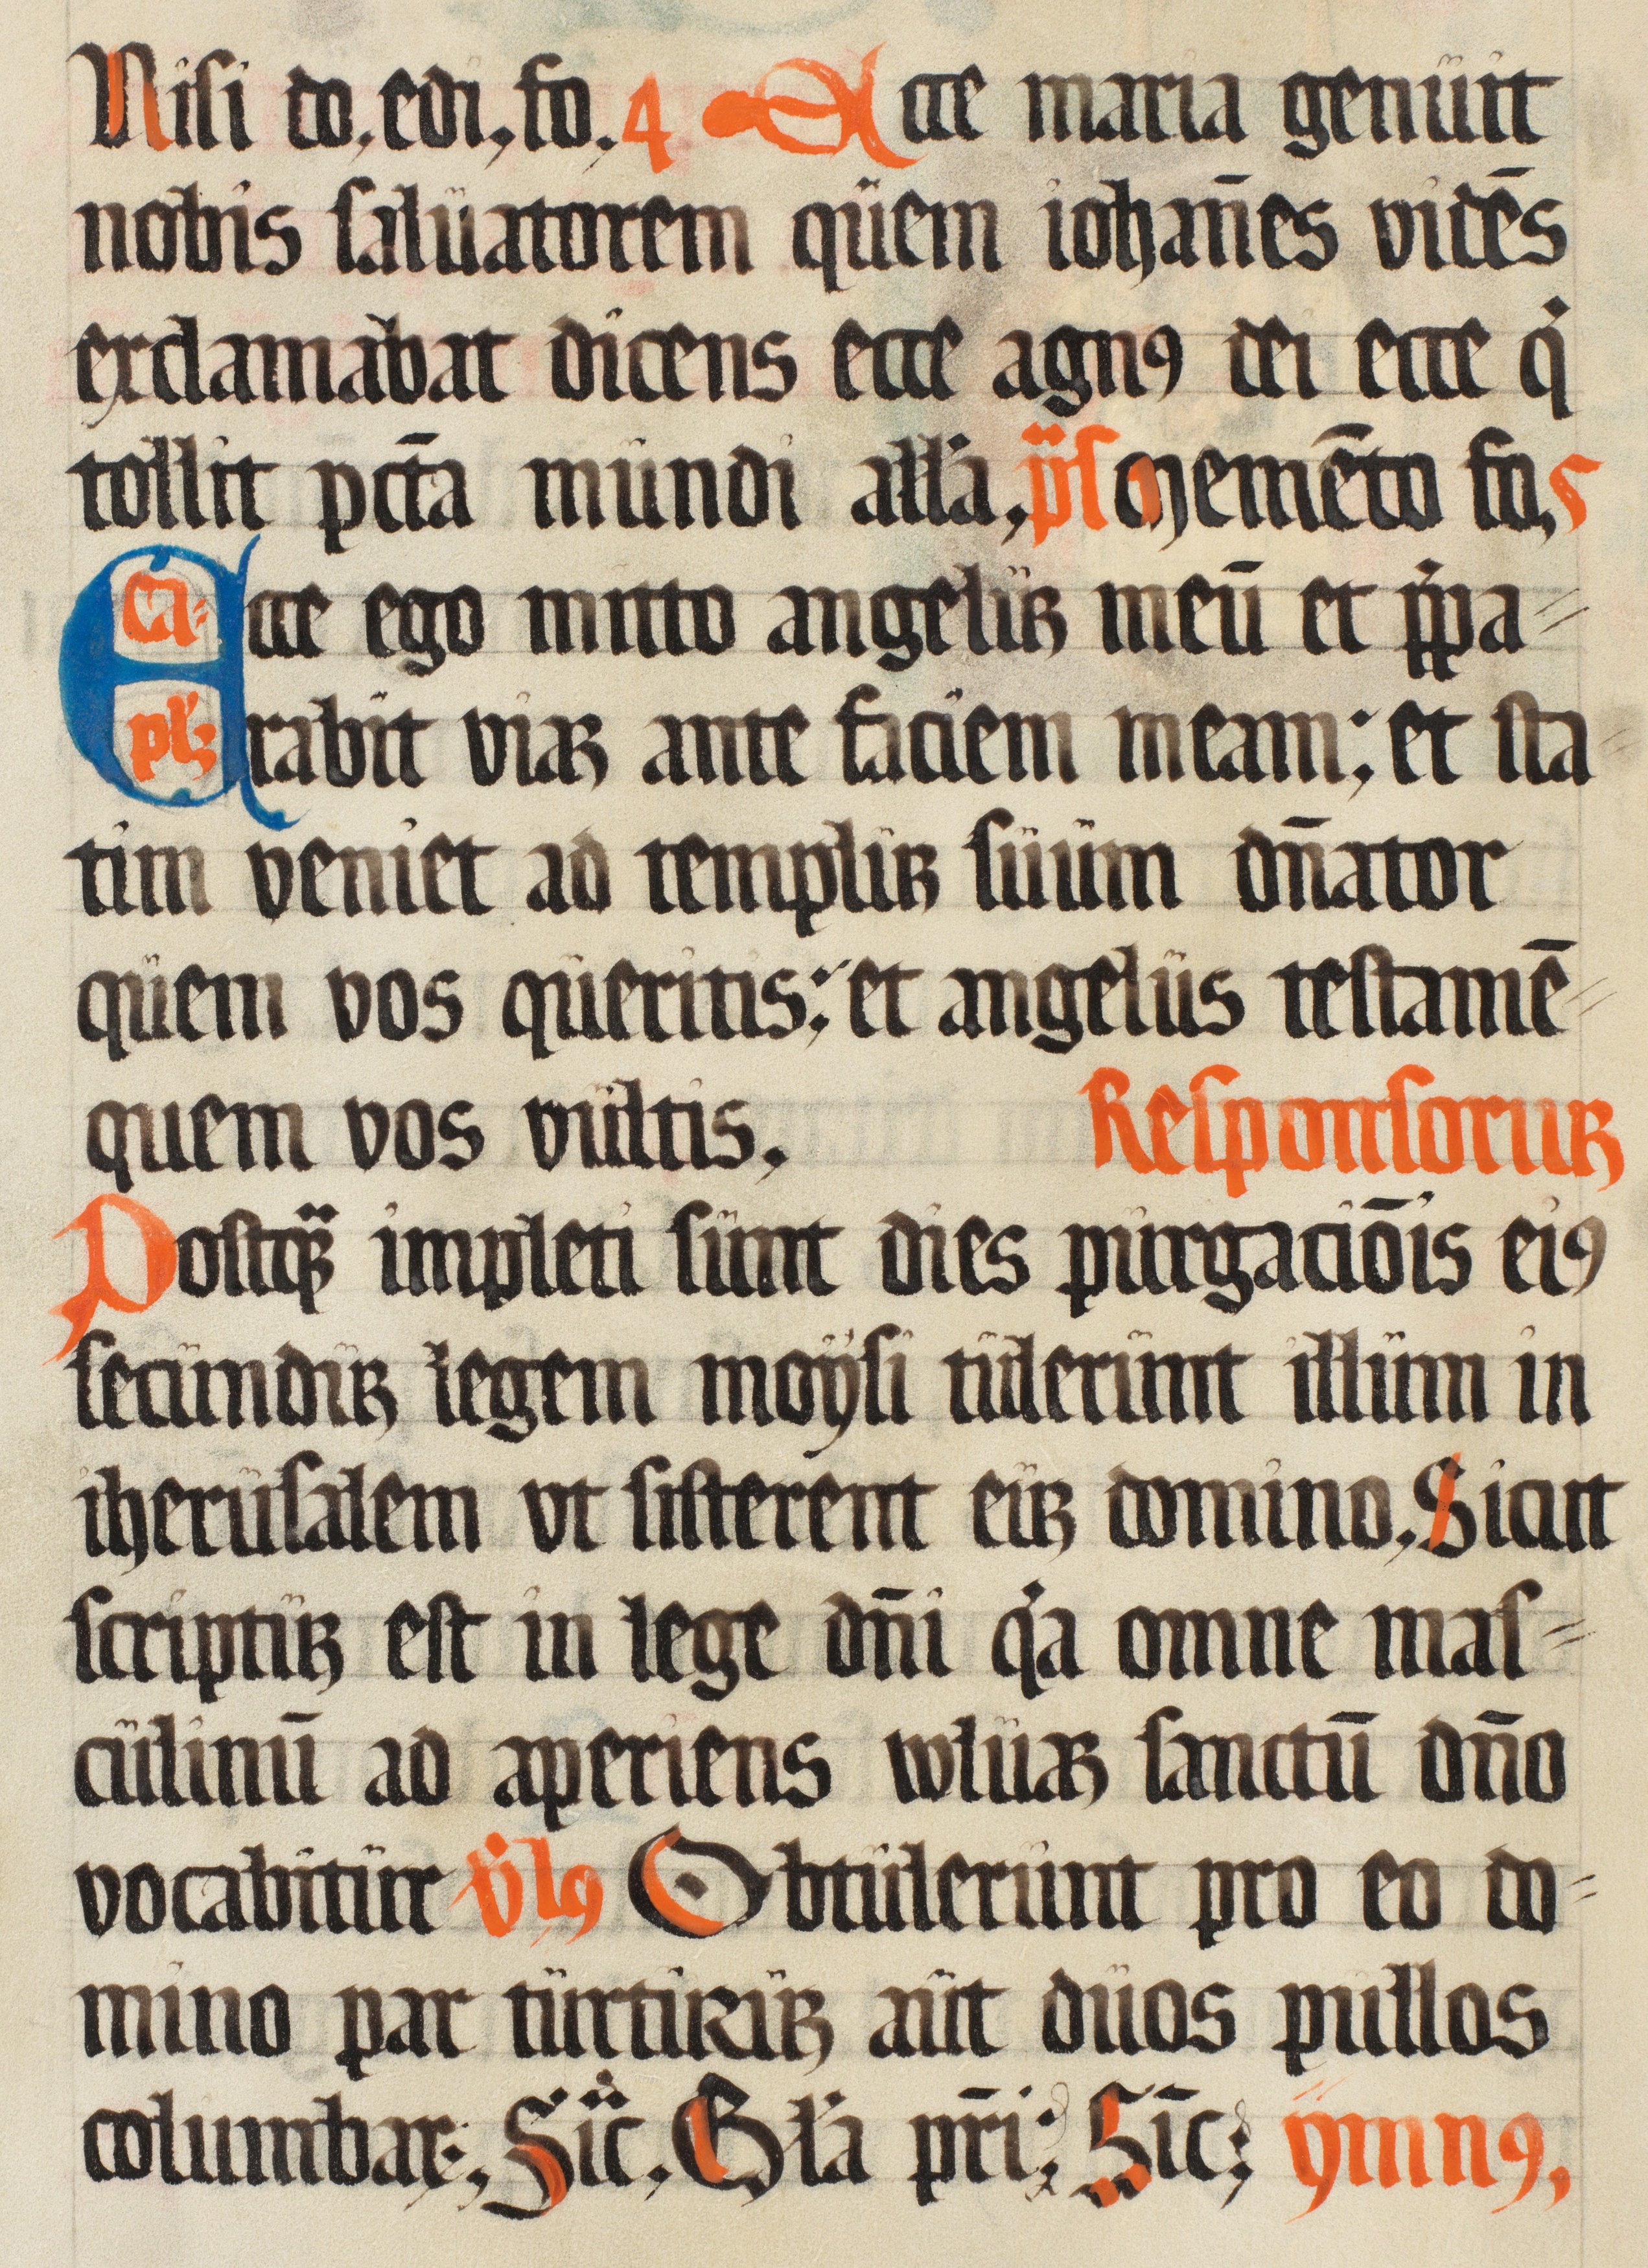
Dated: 1500–1599